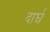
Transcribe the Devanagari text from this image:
दार्घ